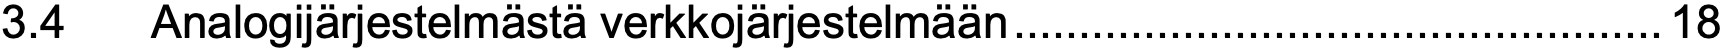
3.4  Analogijärjestelmästä verkkojärjestelmään..................................................18